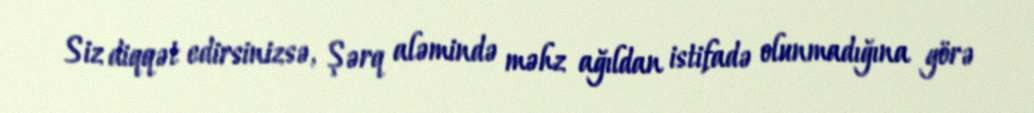
Siz diqqət edirsinizsə, Şərq aləmində məhz ağıldan istifadə olunmadığına görə